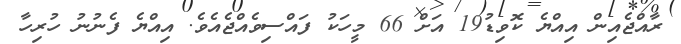
ރާއްޖެއިން އިއްޔެ ކޮވިޑު19 އަށް 66 މީހަކު ފައްސިވެއްޖެއެވެ. އިއްޔެ ފެނުނު ހުރިހާ